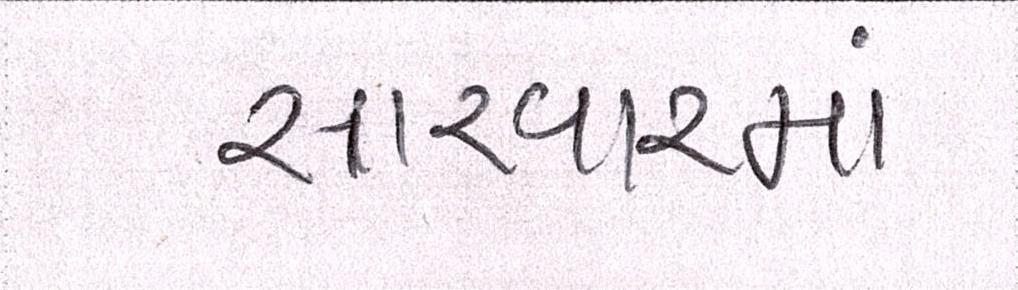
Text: સારવારમાં